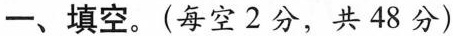
一、填空。(每空2分，共48分)